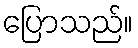
ပြောသည်။